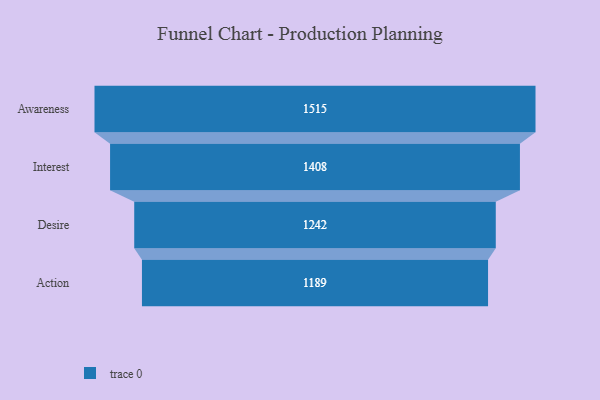
{"axis": {"x": "Stage", "y": "Value"}, "legend": [""], "data": [{"x": "Awareness", "y": 1515.0, "type": ""}, {"x": "Interest", "y": 1408.0, "type": ""}, {"x": "Desire", "y": 1242.0, "type": ""}, {"x": "Action", "y": 1189.0, "type": ""}]}